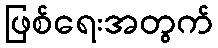
ဖြစ်ရေးအတွက်